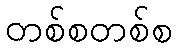
တစ်စတစ်စ